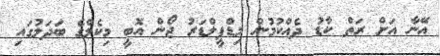
އޭނާ އަށް ރަތް ކާޑު ދެއްކުމުން މިޑްފީލްޑަރު ޖޯން އޮބީ މިކެލްގެ ބަދަލުގައި